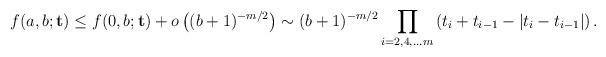
LaTeX: \begin{align*}f(a,b;\mathbf{t}) \le f(0,b;\mathbf{t})+o\left( (b+1)^{-m/2} \right) \sim (b+1)^{-m/2} \prod_{i=2,4,...m} \left( t_i+ t_{i-1}-|t_{i}-t_{i-1}|\right).\end{align*}